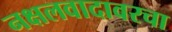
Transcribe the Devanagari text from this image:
नक्षलवादावरचा